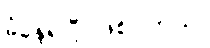
ခံနေရပြီ ဖြစ်ပါတယ်။